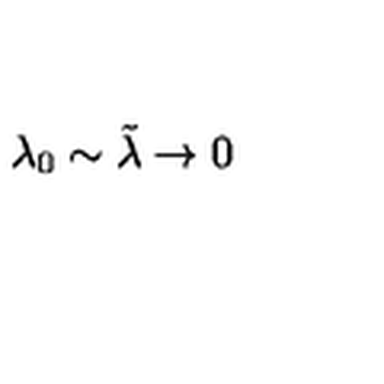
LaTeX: \lambda _ { 0 } \sim \tilde { \lambda } \to 0